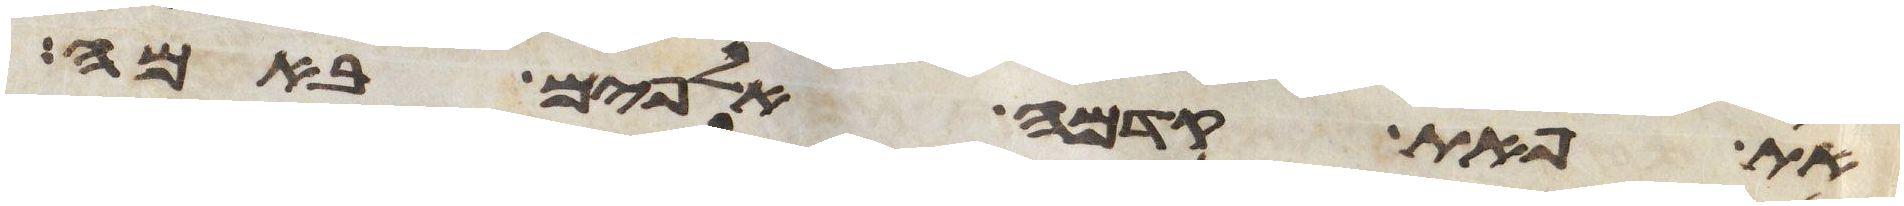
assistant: את פאת קדמה אלפים באמה